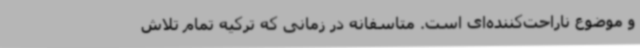
و موضوع ناراحت‌کننده‌ای است. متاسفانه در زمانی که ترکیه تمام تلاش